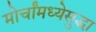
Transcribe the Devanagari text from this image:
मोर्चांमध्येसुद्धा